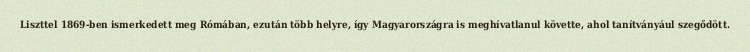
Liszttel 1869-ben ismerkedett meg Rómában, ezután több helyre, így Magyarországra is meghívatlanul követte, ahol tanítványául szegődött.